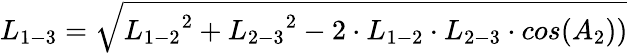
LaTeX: {L_{1-3}}=\sqrt{{L_{1-2}}^{2}+{L_{2-3}}^{2}-2\cdot{L_{1-2}}\cdot{L_{2-3}}\cdot cos({A_{2}}))}